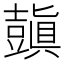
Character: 𧰊